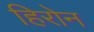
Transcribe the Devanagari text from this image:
हिरोन